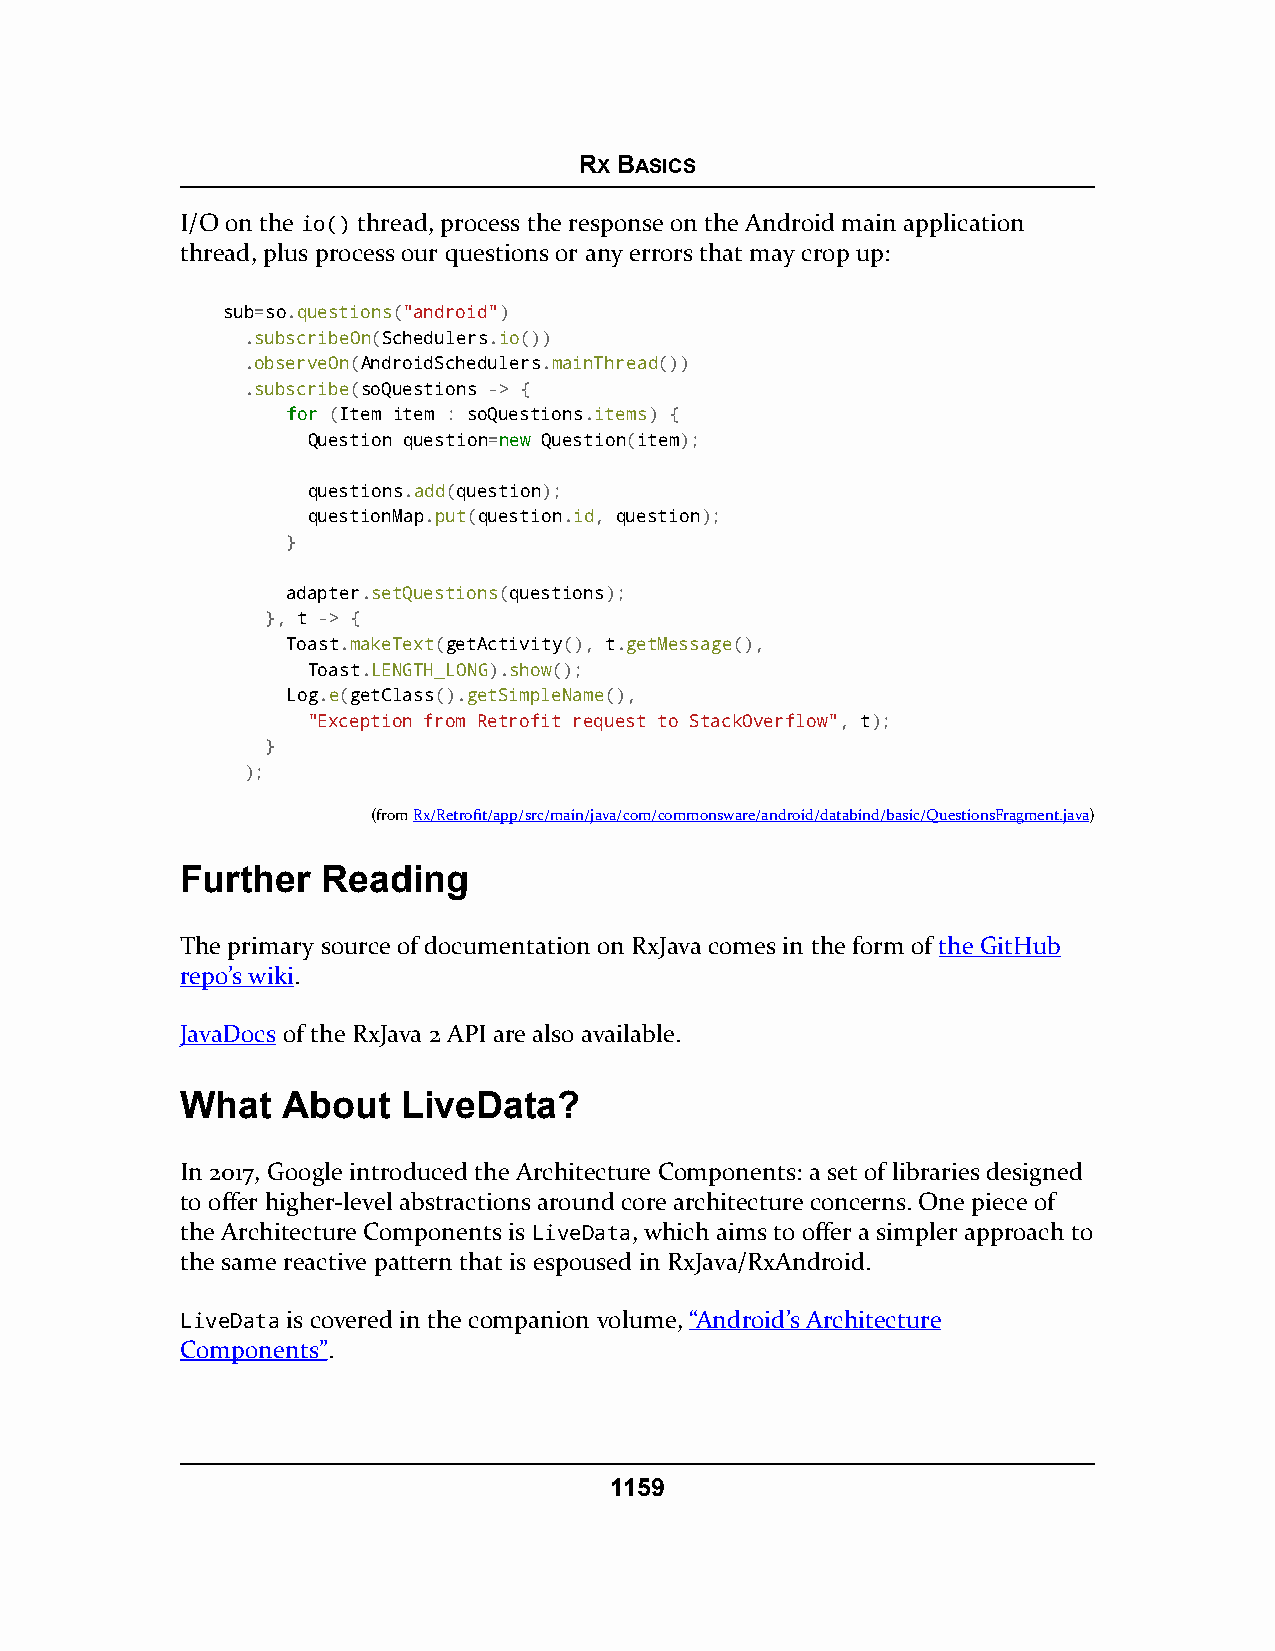
RX BASICS
 I/O on the io() thread, process the response on the Android main application
 thread, plus process our questions or any errors that may crop up:
 sub=so.questions("android")
 .subscribeOn(Schedulers.io())
 .observeOn(AndroidSchedulers.mainThread())
 .subscribe(soQuestions -> {
 ffoorr (Item item : soQuestions.items) {
 Question question=nneeww Question(item);
 questions.add(question);
 questionMap.put(question.id, question);
 }
 adapter.setQuestions(questions);
 }, t -> {
 Toast.makeText(getActivity(), t.getMessage(),
 Toast.LENGTH_LONG).show();
 Log.e(getClass().getSimpleName(),
 "Exception from Retrofit request to StackOverflow", t);
 }
 );
 (fromRx/Retrofit/app/src/main/java/com/commonsware/android/databind/basic/QuestionsFragment.java)
 Further  Reading
 The primary source of documentation on RxJava comes in the form of the GitHub
 repo’s wiki.
 JavaDocs of the RxJava 2 API are also available.
 What   About   LiveData?
 In 2017, Google introduced the Architecture Components: a set of libraries designed
 to offer higher-level abstractions around core architecture concerns. One piece of
 the Architecture Components is LiveData, which aims to offer a simpler approach to
 the same reactive pattern that is espoused in RxJava/RxAndroid.
 LiveData is covered in the companion volume, “Android’s Architecture
 Components”.
 1159